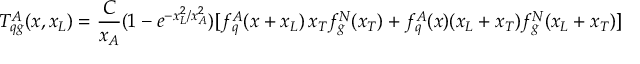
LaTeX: T _ { q g } ^ { A } ( x , x _ { L } ) = \frac { C } { x _ { A } } ( 1 - e ^ { - x _ { L } ^ { 2 } / x _ { A } ^ { 2 } } ) [ f _ { q } ^ { A } ( x + x _ { L } ) \, x _ { T } f _ { g } ^ { N } ( x _ { T } ) + f _ { q } ^ { A } ( x ) ( x _ { L } + x _ { T } ) f _ { g } ^ { N } ( x _ { L } + x _ { T } ) ] \,